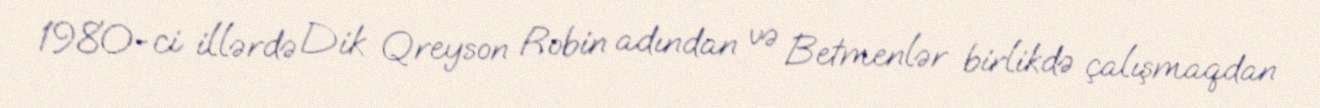
1980-ci illərdə Dik Qreyson Robin adından və Betmenlər birlikdə çalışmaqdan